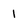
Character: 1